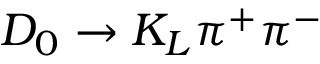
D _ { 0 } \to K _ { L } \pi ^ { + } \pi ^ { - }